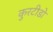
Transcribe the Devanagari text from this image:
कुरटीडो